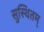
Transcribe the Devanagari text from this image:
सुस्थितम्